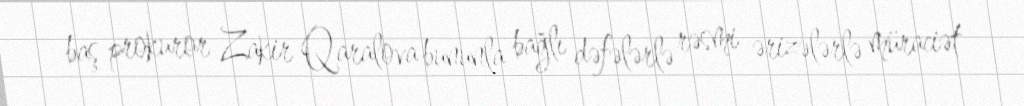
baş prokuror Zakir Qaralova bununla bağlı dəfələrlə rəsmi ərizələrlə müraciət